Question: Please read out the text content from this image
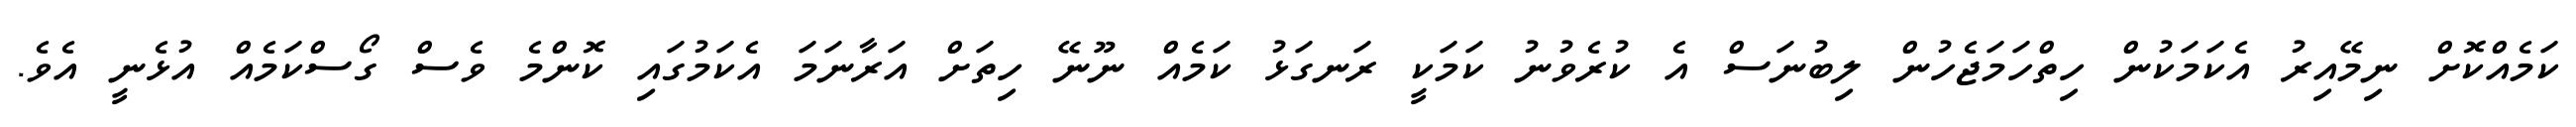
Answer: ކަމެއްކޮށް ނިމޭއިރު އެކަމަކުން ހިތްހަމަޖެހުން ލިބުނަސް އެ ކުރެވުނު ކަމަކީ ރަނގަޅު ކަމެއް ނޫނޭ ހިތަށް އަރާނަމަ އެކަމުގައި ކޮންމެ ވެސް ގޯސްކަމެއް އުޅެނީ އެވެ.